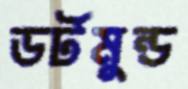
ডর্টমুন্ড